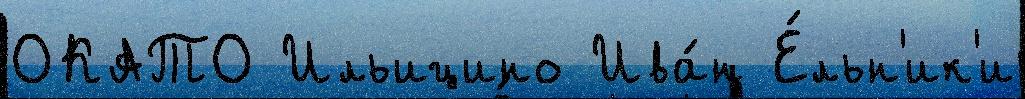
ОКАТО Ильицино Ива́н Е́льн'ик'и